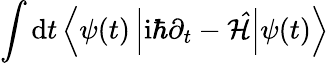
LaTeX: \int\mathrm{d}t\left\langle\psi(t)\left|\mathrm{i}\hbar\partial_{t}-\mathcal{\hat{H}}\right|\psi(t)\right\rangle